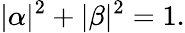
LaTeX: |\alpha|^{2}+|\beta|^{2}=1.